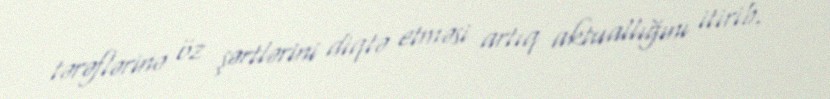
tərəflərinə öz şərtlərini diqtə etməsi artıq aktuallığını itirib.